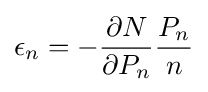
\epsilon _{n}=-{\frac {\partial N}{\partial P_{n}}}{\frac {P_{n}}{n}}